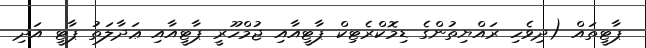
ޕާޓީތައް (ދިވެހި ރައްޔިތުންގެ ޑިމޮކްރެޓިކް ޕާޓީއާއި ޖުމްހޫރީ ޕާޓީއާއި ޢަދާލަތު ޕާޓީ އަދި